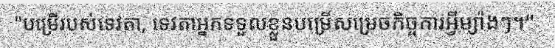
"បម្រើរបស់ទេវតា, ទេវតាអ្នកទទួលខ្លួនបម្រើសម្រេចកិច្ចការអ្វីម្យ៉ាងៗ។"